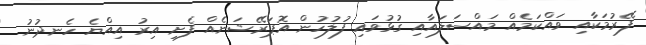
ފޭރުމަކާއި ވައްކަމެއް މައްސަލައާއި ގުޅުވައި ފުލުހުން އޮޕަރޭޝަނެއް ފެށި އިރު އިއްޔެ ހެނދުނު